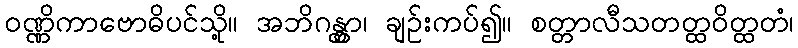
ဝဏ္ဏိကာဗောဓိပင်သို့။ အဘိဂန္တွာ၊ ချဉ်းကပ်၍။ စတ္တာလီသတတ္ထဝိတ္ထတံ၊